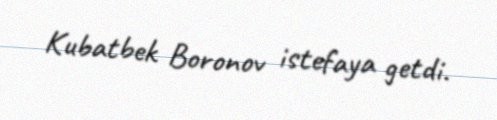
Kubatbek Boronov istefaya getdi.